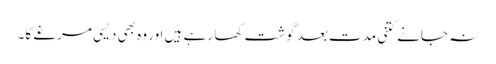
نہ جانے کتنی مدت بعد گوشت کھا رہے ہیں اور وہ بھی دیسی مرغے کا۔